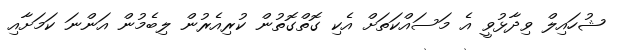
ޝުހައިލް ވިދާޅުވީ އެ މަސައްކަތަށް އެކި ގޮތްގޮތުން ކުރިއެރުން ލިބެމުން އަންނަ ކަމަށާއި